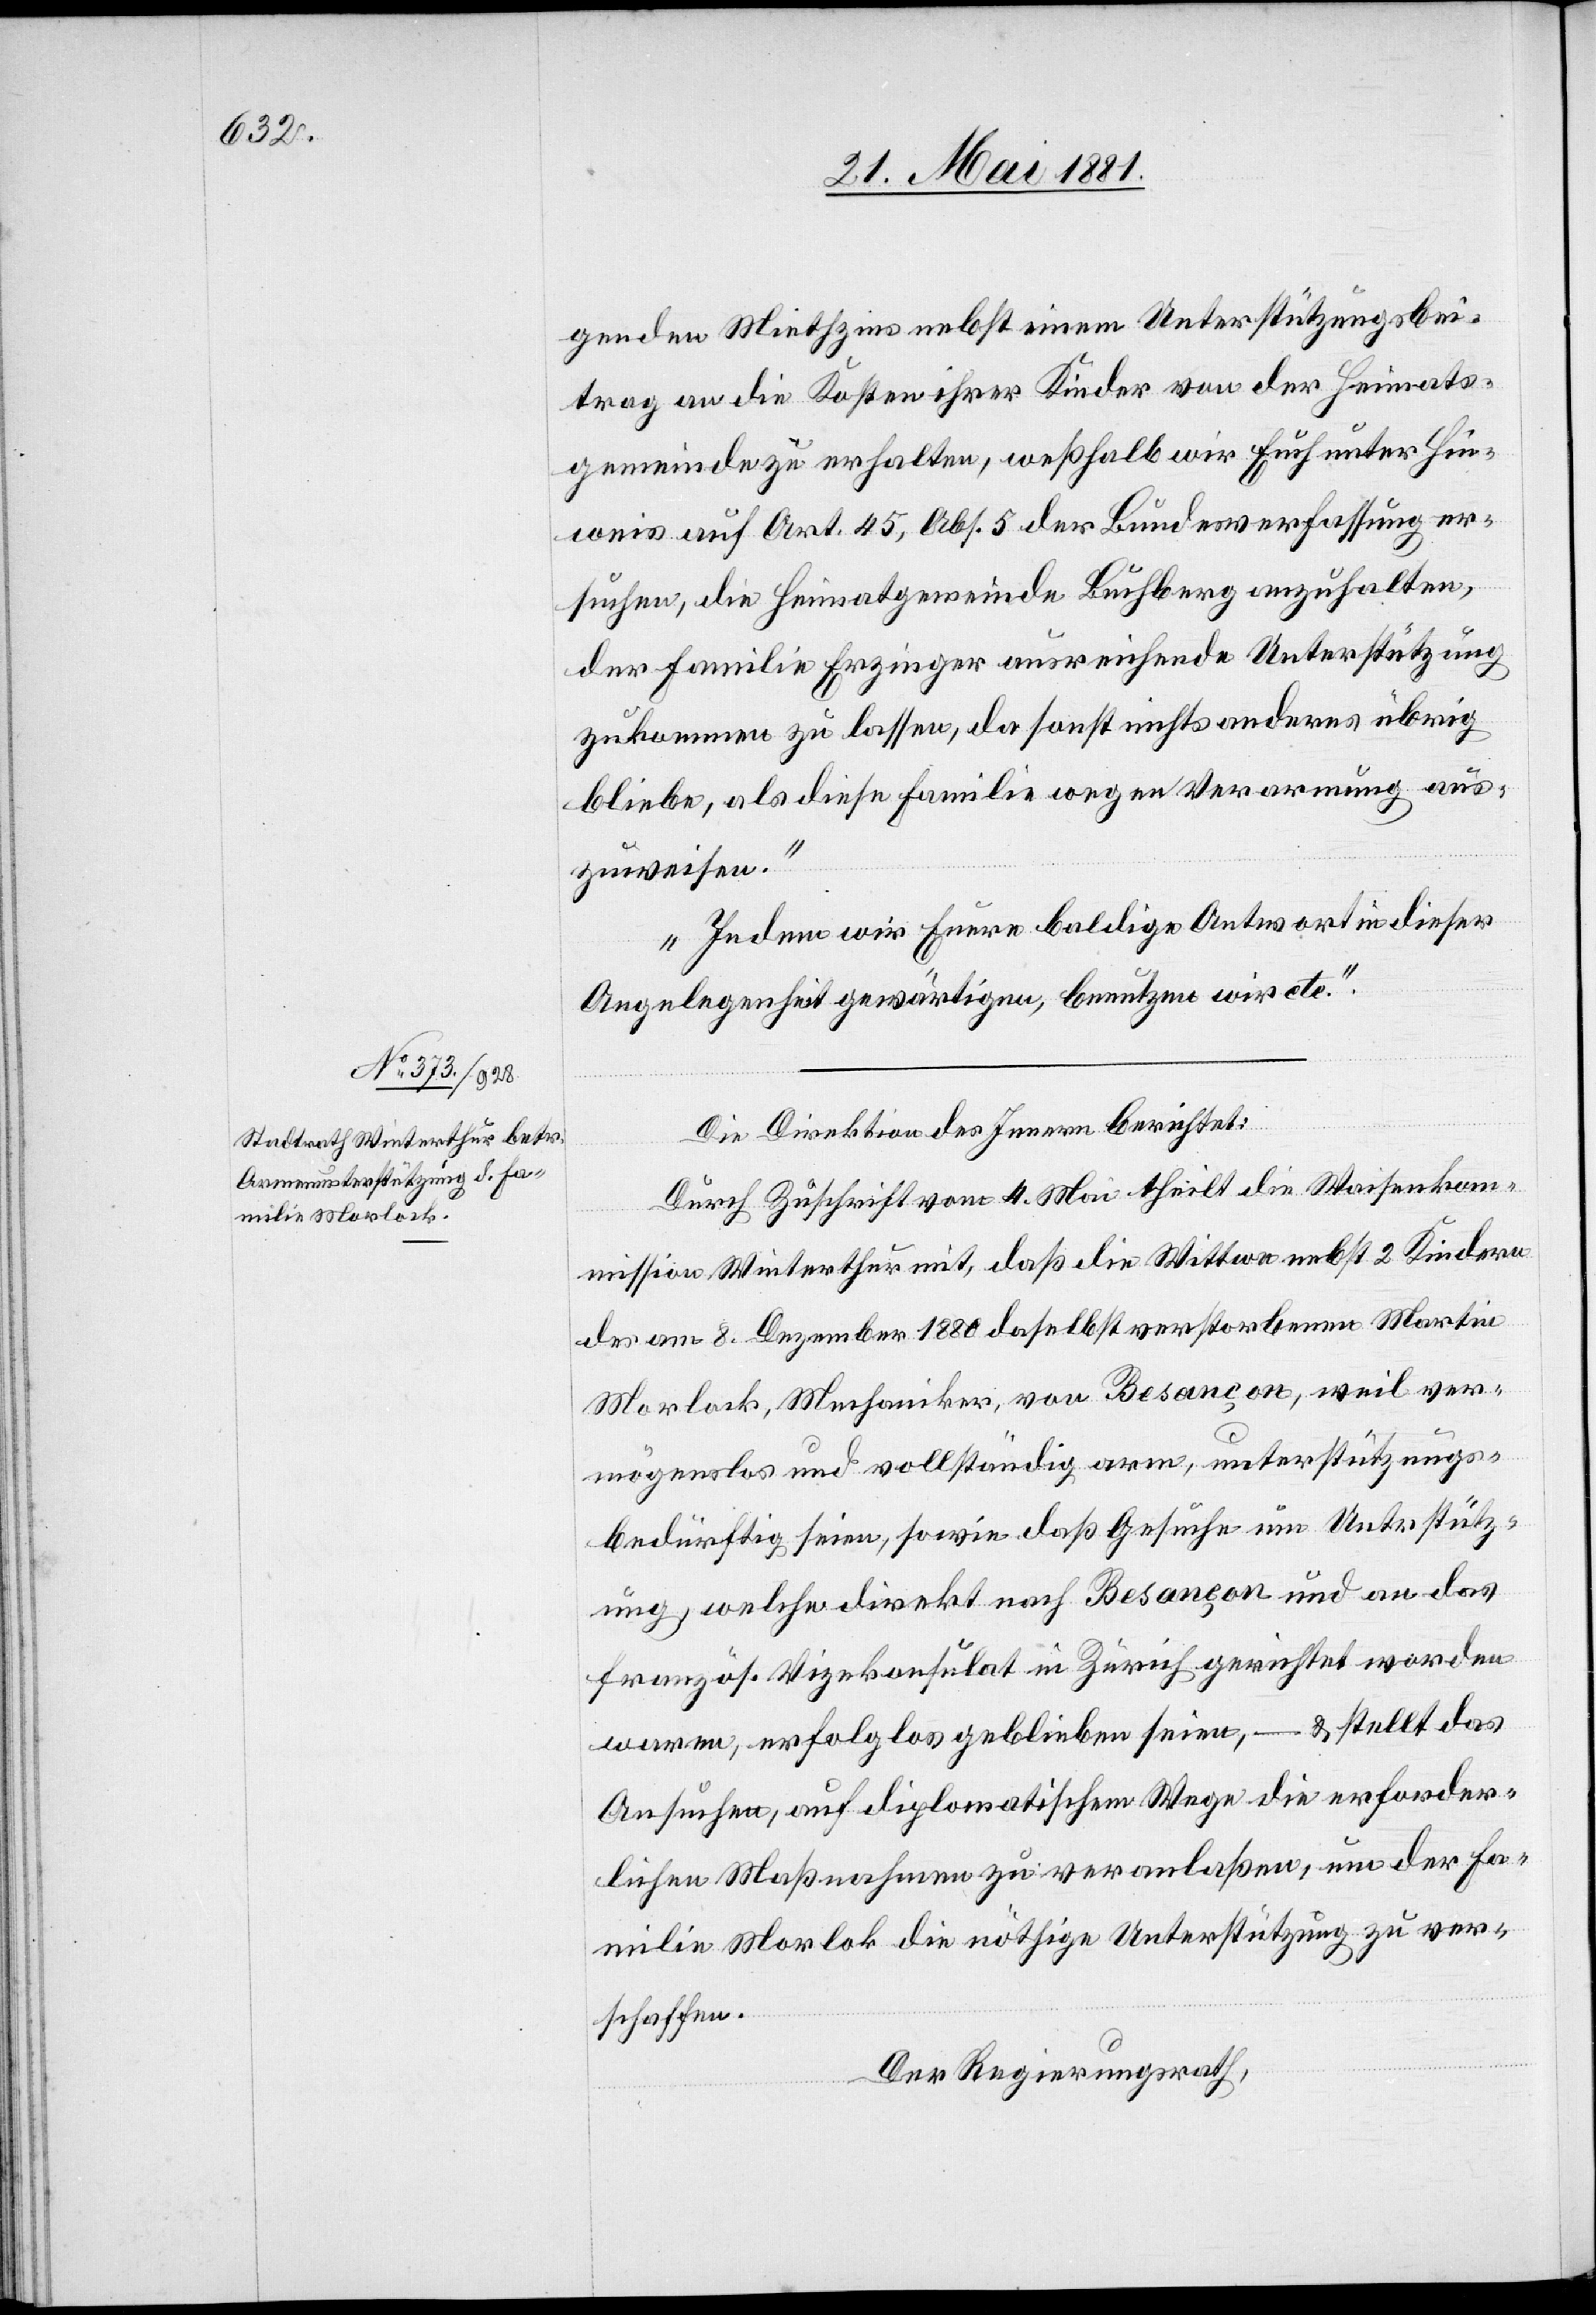
genden Mietzins nebst einem Unterstützungsbei¬
trag an die Kosten ihrer Kinder von der Heimats¬
gemeinde zu erhalten, weßhalb wir Euch unter Hin¬
weis auf Art. 45, Abs. 5 der Bundesverfassung er¬
suchen, die Heimatgemeinde Buchberg anzuhalten,
der Familie Erzinger ausreichende Unterstützung
zukommen zu lassen, da sonst nichts anderes übrig
bleibe, als diese Familie wegen Verarmung aus¬
zuweisen.
Indem wir Euro baldige Antwort in dieser
Angelegenheit gewärtigen, benutzen wir etc.“
Die Direktion des Innern berichtet:
Durch Zuschrift vom 4. Mai theilt die Waisenkom¬
mission Winterthur mit, daß die Wittwe nebst 2 Kindern
des am 8. Dezember 1880 daselbst verstorbenen Martin
Morlock, Mechaniker, von Besançon, weil ver¬
mögenslos und vollständig arm, unterstützungs¬
bedürftig seien, sowie das Gesuch um Unterstütz¬
ung, welche direkt nach Besançon und an das
französ. Vizekonsulat in Zürich gerichtet worden
waren, erfolglos geblieben seien, – & stellt das
Ansuchen, auf diplomatischem Wege die erforder¬
lichen Maßnahmen zu veranlaßen, um der Fa¬
milie Morlok die nöthige Unterstützung zu ver¬
schaffen.
Der Regierungsrath,